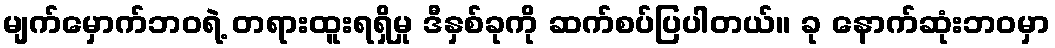
မျက်မှောက်ဘဝရဲ့ တရားထူးရရှိမှု ဒီနှစ်ခုကို ဆက်စပ်ပြပါတယ်။ ခု နောက်ဆုံးဘဝမှာ